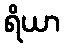
ရိယာ